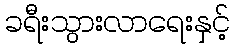
ခရီးသွားလာရေးနှင့်